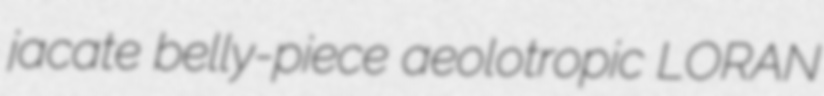
jacate belly-piece aeolotropic LORAN